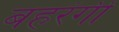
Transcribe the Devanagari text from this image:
बहरंगी